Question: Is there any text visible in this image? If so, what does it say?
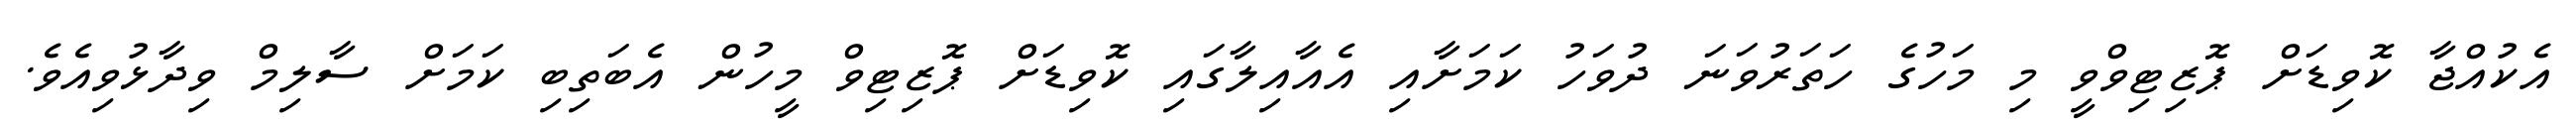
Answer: އެކުއްޖާ ކޮވިޑަށް ޕޮޒިޓިވްވީ މި މަހުގެ ހަތަރުވަނަ ދުވަހު ކަމަށާއި އެއާއިލާގައި ކޮވިޑަށް ޕޮޒިޓިވް މީހުން އެބަތިބި ކަމަށް ސާލިމް ވިދާޅުވިއެވެ.